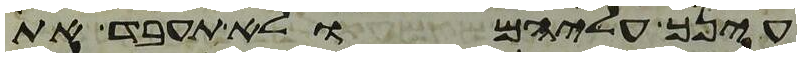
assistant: עינך עליהם ולא תעבד את